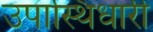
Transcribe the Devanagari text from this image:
उपास्थिधारी